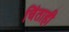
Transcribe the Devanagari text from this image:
चिंताही